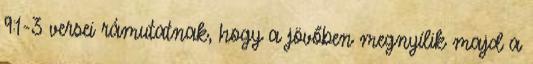
9:1-3 versei rámutatnak, hogy a jövőben megnyílik majd a